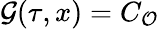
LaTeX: {\cal G}(\tau,x)=C_{\cal{O}}